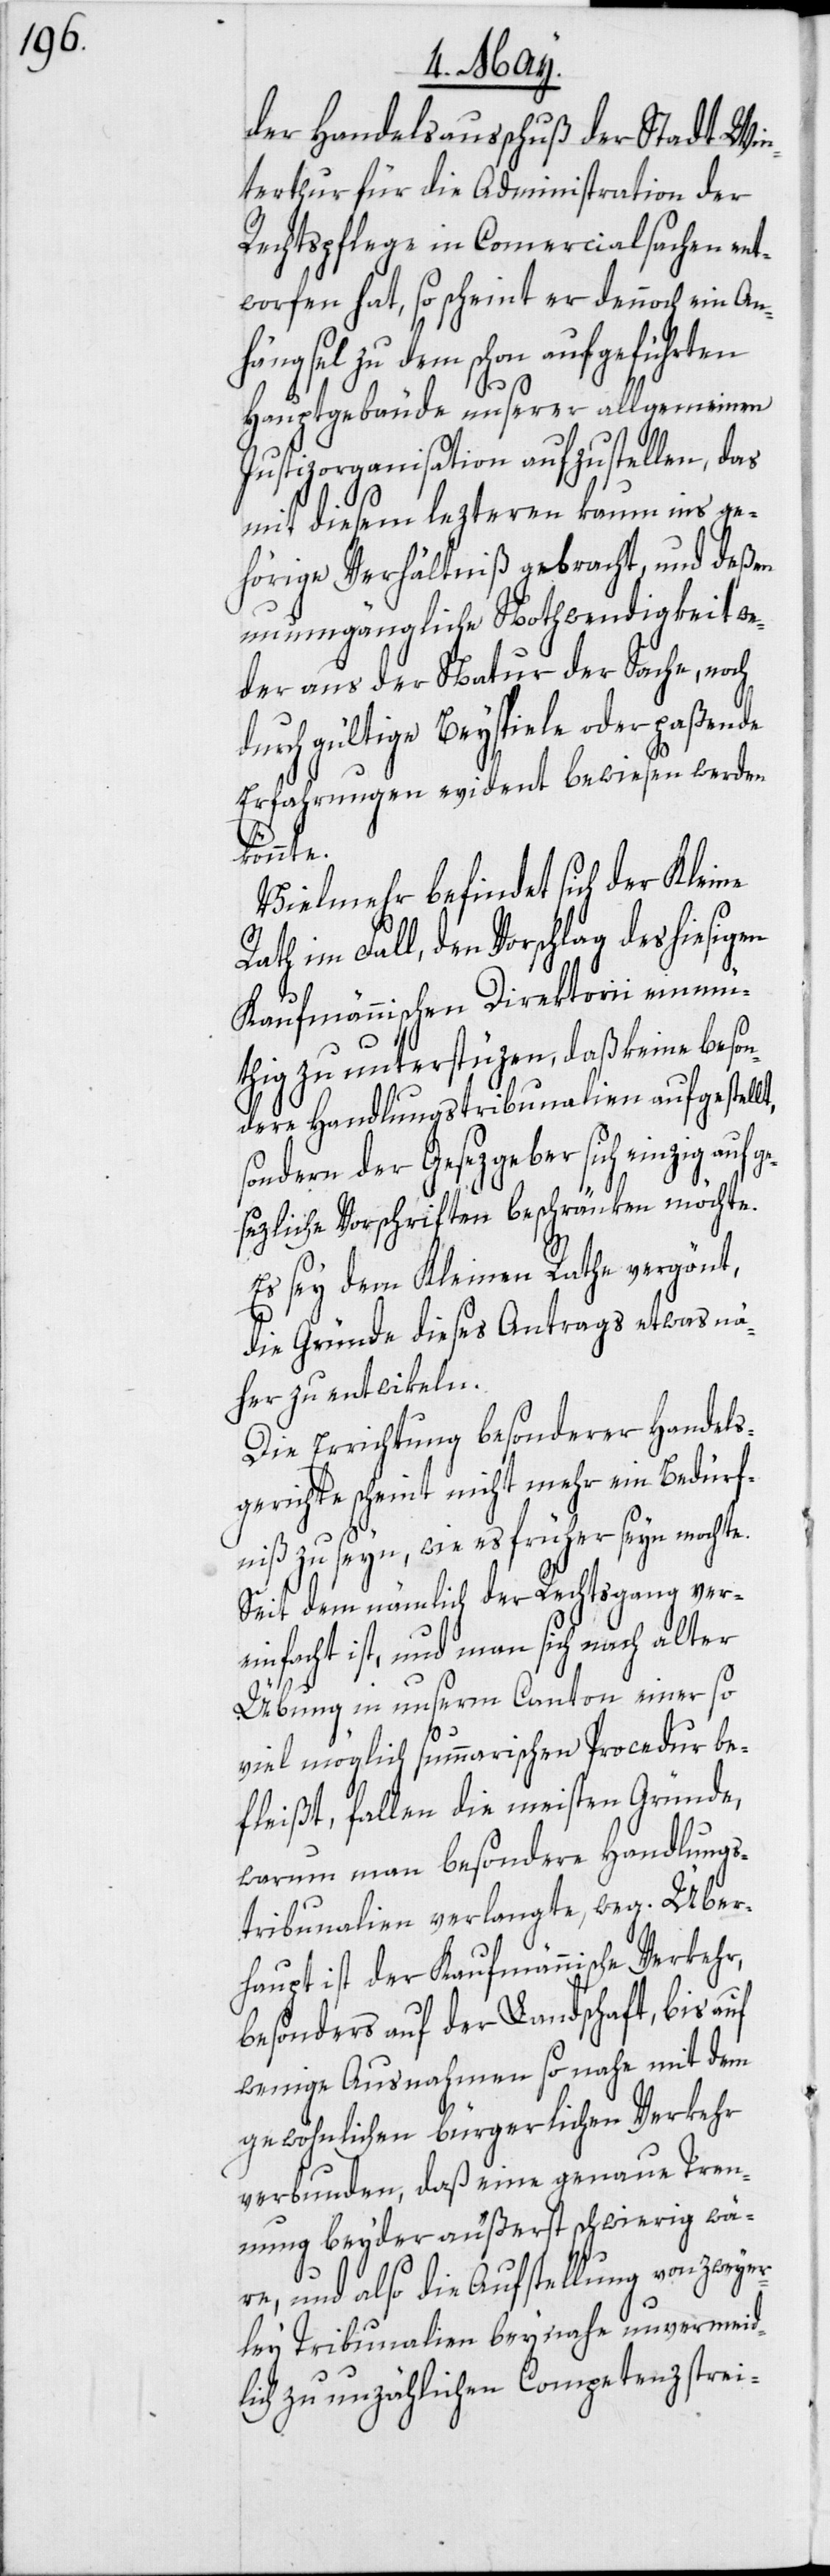
der Handelsausschuß der Stadt Win¬
terthur für die Administration der
Rechtspflege in Commercialsachen ent¬
worfen hat, so scheint er dennoch ein An¬
hängsel zu dem schon aufgeführten
Hauptgebäude unserer allgemeinen
Justizorganisation aufzustellen, das
mit diesem lezteren kaum ins ge¬
hörige Verhältniß gebracht, und deßen
unumgängliche Nothwendigkeit we¬
der aus der Natur der Sache, noch
durch gültige Beyspiele oder paßende
Erfahrungen evident bewiesen werden
ge¬
Vielmehr befindet sich der Kleine
Rath im Fall, den Vorschlag des
Kaufmännischen Direktorii einmü¬
thig zu unterstüzen, daß keine beson¬
dere Handlungstribunalien aufgestellt,
sondern der Gesezgeber sich einzig auf
sezliche Vorschriften beschränken möchte.
Es sey dem Kleinen Rathe vergön[n]t,
die Gründe dieses Antrags etwas nä¬
her zu entwikeln.
Die Errichtung besonderer Handels¬
gerichte scheint nicht mehr ein Bedürf¬
niß zu seyn, wie es früher seyn mocht¬
Seit dem nämlich der Rechtsgang ver¬
einfacht ist, und man sich nach alter
e.
Übung in unserm Canton einer so
viel möglich summarischen Procedur be¬
fleißt, fallen die meisten Gründe,
warum man besondere Handlungs¬
tribunalien verlangte, weg. Über¬
haupt ist der Kaufmännische Verkehr,
besonders auf der Landschaft, bis auf
wenige Ausnahmen so nahe mit dem
gewöhnlichen bürgerlichen Verkehr
verbunden, daß eine genaue Tren¬
nung beyder äußerst schwierig wä¬
re, und also die Aufstellung von zweyer¬
ley Tribunalien beynahe unvermeid¬
lich zu unzählichen Competenzstrei-